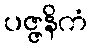
ပဇ္ဇနိကံ